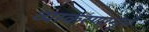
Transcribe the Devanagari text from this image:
व्याकरणामुळे